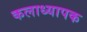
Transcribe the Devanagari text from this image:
कलाध्यापक